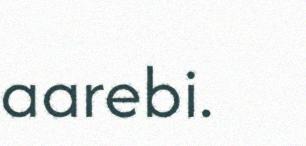
aarebi.